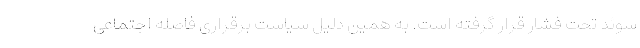
سوئد تحت فشار قرار گرفته است. به همین دلیل سیاست برقراری فاصله اجتماعی